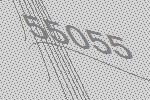
55055